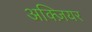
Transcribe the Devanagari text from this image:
अक्ज़ियर